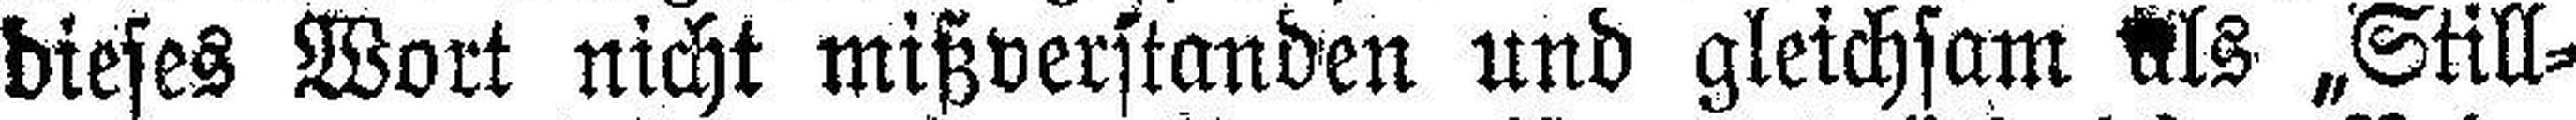
dieses Wort nicht mißverstanden und gleichsam als „Still¬